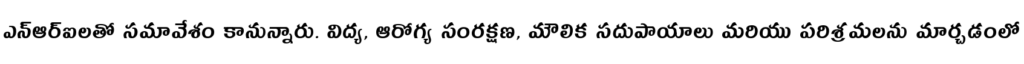
ఎన్ఆర్ఐలతో సమావేశం కానున్నారు. విద్య, ఆరోగ్య సంరక్షణ, మౌలిక సదుపాయాలు మరియు పరిశ్రమలను మార్చడంలో